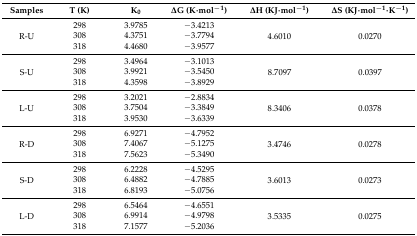
| Samples | T (K) | K0 | ΔG (K·mol−1) | ΔH (KJ·mol−1) | ΔS (KJ·mol−1·K−1) |
 | --- | --- | --- | --- | --- | --- |
 | <ROWSPAN=3> R-U | 298 | 3.9785 | −3.4213 | <ROWSPAN=3> 4.6010 | <ROWSPAN=3> 0.0270 |
 | 308 | 4.3751 | −3.7794 |
 | 318 | 4.4680 | −3.9577 |
 | <ROWSPAN=3> S-U | 298 | 3.4964 | −3.1013 | <ROWSPAN=3> 8.7097 | <ROWSPAN=3> 0.0397 |
 | 308 | 3.9921 | −3.5450 |
 | 318 | 4.3598 | −3.8929 |
 | <ROWSPAN=3> L-U | 298 | 3.2021 | −2.8834 | <ROWSPAN=3> 8.3406 | <ROWSPAN=3> 0.0378 |
 | 308 | 3.7504 | −3.3849 |
 | 318 | 3.9530 | −3.6339 |
 | <ROWSPAN=3> R-D | 298 | 6.9271 | −4.7952 | <ROWSPAN=3> 3.4746 | <ROWSPAN=3> 0.0278 |
 | 308 | 7.4067 | −5.1275 |
 | 318 | 7.5623 | −5.3490 |
 | <ROWSPAN=3> S-D | 298 | 6.2228 | −4.5295 | <ROWSPAN=3> 3.6013 | <ROWSPAN=3> 0.0273 |
 | 308 | 6.4882 | −4.7885 |
 | 318 | 6.8193 | −5.0756 |
 | <ROWSPAN=3> L-D | 298 | 6.5464 | −4.6551 | <ROWSPAN=3> 3.5335 | <ROWSPAN=3> 0.0275 |
 | 308 | 6.9914 | −4.9798 |
 | 318 | 7.1577 | −5.2036 |